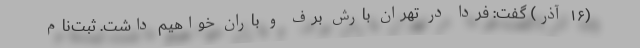
(۱۶ آذر) گفت: فردا در تهران بارش برف و باران خواهیم داشت. ثبت‌نام